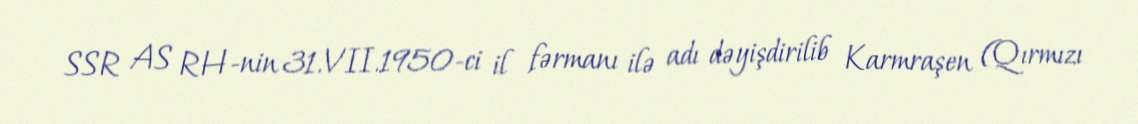
SSR AS RH-nin 31.VII.1950-ci il fərmanı ilə adı dəyişdirilib Karmraşen (Qırmızı